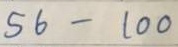
56 - 100